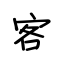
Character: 客